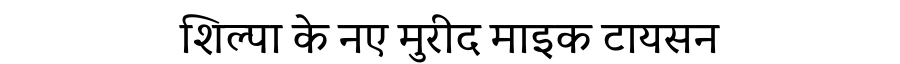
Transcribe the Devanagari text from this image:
शिल्पा के नए मुरीद माइक टायसन